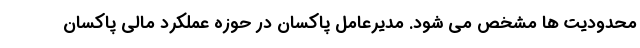
محدودیت ها مشخص می شود. مدیرعامل پاکسان در حوزه عملکرد مالی پاکسان